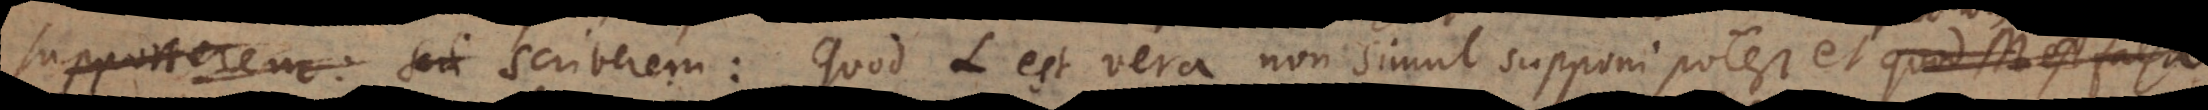
em scriberem: Quod Ä L est vera non simul supponi potest et quod M est fals